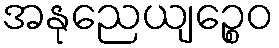
အနုညေယျဉ္စေဝ